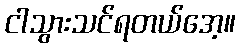
ငါသွားသင်ရတယ်အေ့။